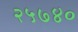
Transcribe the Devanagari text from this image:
२५७४०